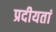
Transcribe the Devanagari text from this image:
प्रदीयतां